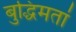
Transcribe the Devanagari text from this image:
बुद्धिमतां